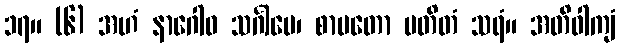
၁၇။ (၆) အဟံ နာဂေါဝ သင်္ဂါမေ၊ စာပတော ပတိတံ သရံ။ အတိဝါကျံ